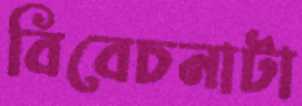
বিবেচনাটা